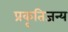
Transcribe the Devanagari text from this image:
प्रकृतिजन्य